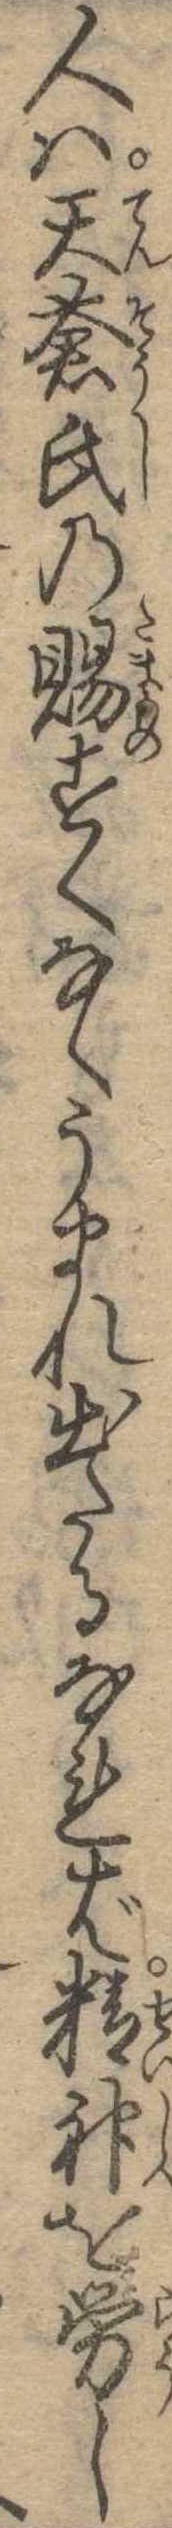
人は天蒼氏の賜すくなくうまれ出たるなれば精神を労し